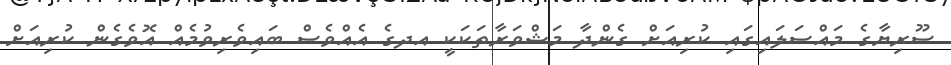
ސޫރިޔާގެ މައްސަލައިގައި ކުރިއަށް ގެންދާ މަޝްވަރާތަކަކީ އދގެ އެއްވެސް ބައިވެރިވުމެއް އޮވެގެން ކުރިއަށް